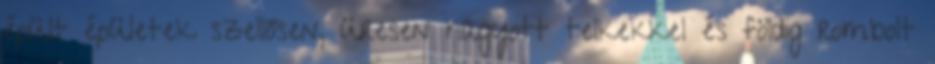
épült épületek szellősen, üresen hagyott telkekkel és földig rombolt